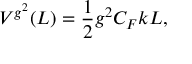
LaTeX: V ^ { g ^ { 2 } } ( L ) = \frac { 1 } { 2 } g ^ { 2 } C _ { F } k L ,